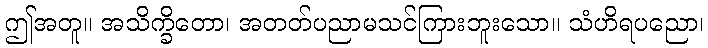
ဤအတူ။ အသိက္ခိတော၊ အတတ်ပညာမသင်ကြားဘူးသော။ သံဟိရပညော၊